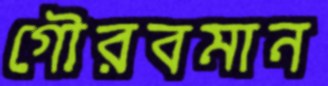
গৌরবমান